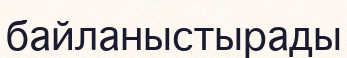
байланыстырады